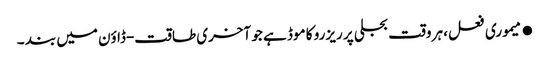
●میموری فعل، ہر وقت بجلی پر ریزرو کا موڈ ہے جو آخری طاقت-ڈاؤن میں بند ۔